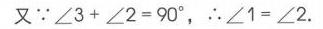
又\(\because\angle 3+\angle 2 = 90^{\circ}\)，\(\therefore\angle 1=\angle 2\).